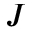
J